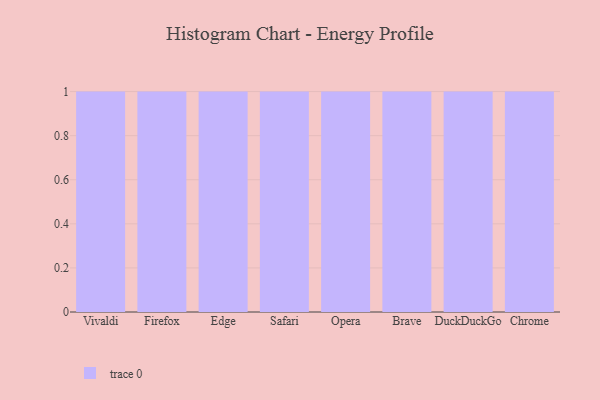
{"axis": {"x": "Browser", "y": "Website Visitors"}, "legend": [""], "data": [{"x": "Vivaldi", "y": 97, "type": ""}, {"x": "Firefox", "y": 45, "type": ""}, {"x": "Edge", "y": 76, "type": ""}, {"x": "Safari", "y": 34, "type": ""}, {"x": "Opera", "y": 85, "type": ""}, {"x": "Brave", "y": 50, "type": ""}, {"x": "DuckDuckGo", "y": 98, "type": ""}, {"x": "Chrome", "y": 24, "type": ""}]}